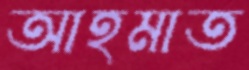
আহমাত